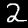
Digit: 2